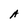
Character: A